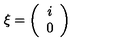
\xi = \left( \begin{array} { c } { i } \\ { 0 } \\ \end{array} \right)